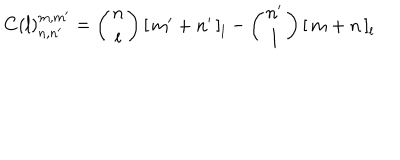
C ( l ) _ { n , n ^ { \prime } } ^ { m , m ^ { \prime } } = \left( \begin{array} { c c } { { n } } \\ { { l } } \\ \end{array} \right) \left[ \begin{array} { c } { { m ^ { \prime } + n ^ { \prime } } } \\ \end{array} \right] _ { l } - \left( \begin{array} { c c } { { n ^ { \prime } } } \\ { { l } } \\ \end{array} \right) \left[ \begin{array} { c } { { m + n } } \\ \end{array} \right] _ { l }